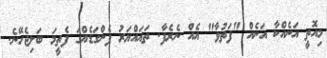
މިއޮތީ އަނެއްކާ އަނެއް "ފަތުވާ" އެއް ނެރެފާ. ތަޣައްޔަރު ފެންގަޑެއްގަ ފެތީމަ ބަލިޖެހޭނެ.